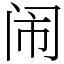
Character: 闹